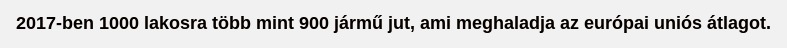
2017-ben 1000 lakosra több mint 900 jármű jut, ami meghaladja az európai uniós átlagot.